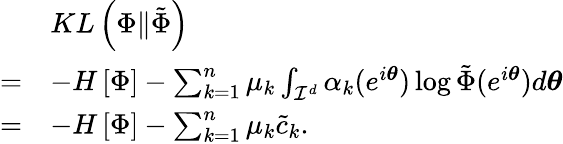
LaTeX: \begin{array}{rl}&{KL\left(\Phi\| \tilde{\Phi}\right)}\\ {=}&{-H\left[\Phi\right]-\sum_{k=1}^{n}\mu_{k}\int_{\mathcal{I}^{d}}\alpha_{k}(e^{i\boldsymbol{\theta}})\log\tilde{\Phi}(e^{i\boldsymbol{\theta}})d\boldsymbol{\theta}}\\ {=}&{-H\left[\Phi\right]-\sum_{k=1}^{n}\mu_{k}\tilde{c}_{k}.}\end{array}